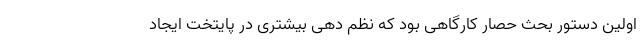
اولین دستور بحث حصار کارگاهی بود که نظم دهی بیشتری در پایتخت ایجاد